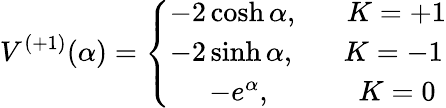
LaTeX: V^{(+1)}(\alpha)=\left\{ \begin{array}{l}{{-2\cosh\alpha,\; \; \; \; \; \; K=+1}}\\ {{-2\sinh\alpha,\; \; \; \; \; \; K=-1}}\\ {{\; \; \; \; \; -e^{\alpha},\; \; \; \; \; \; \; \; \; \; \; K=0}}\end{array}\right.